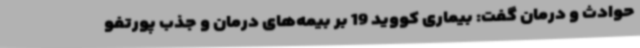
حوادث و درمان گفت: بیماری کووید 19 بر بیمه‌های درمان و جذب پورتفو